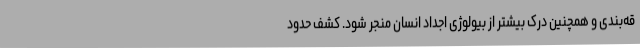
قه‌بندی و همچنین درک بیشتر از بیولوژی اجداد انسان منجر شود. کشف حدود